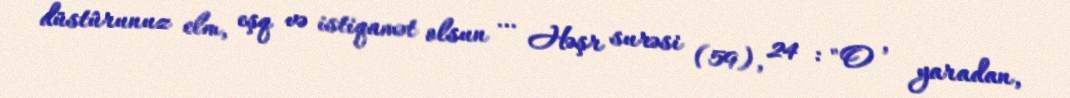
düstûrunuz elm, eşq və istiqamət olsun … Həşr surəsi (59), 24 : "O , yaradan,